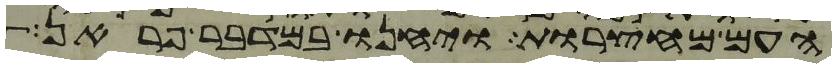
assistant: העם מחצרות ויחנו במדבר פראן